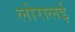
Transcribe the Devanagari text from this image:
लोरालई